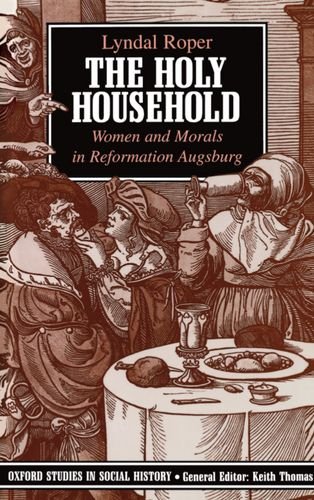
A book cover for The Holy Household: Women and Morals in Reformation Augsburg (Oxford Studies in Social History); Lyndal Roper; Politics & Social Sciences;